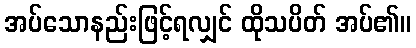
အပ်သောနည်းဖြင့်ရလျှင် ထိုသပိတ် အပ်၏။